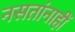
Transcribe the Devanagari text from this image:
नसतांनाहीं